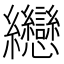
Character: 纞